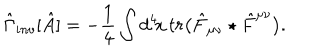
LaTeX: \hat { \Gamma } _ { i n v } [ \hat { A } ] = - { \frac { 1 } { 4 } } \int d ^ { 4 } \! x \, t r \big ( \hat { F } _ { \mu \nu } \star \hat { F } ^ { \mu \nu } \big ) .